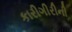
કારીગીરીની